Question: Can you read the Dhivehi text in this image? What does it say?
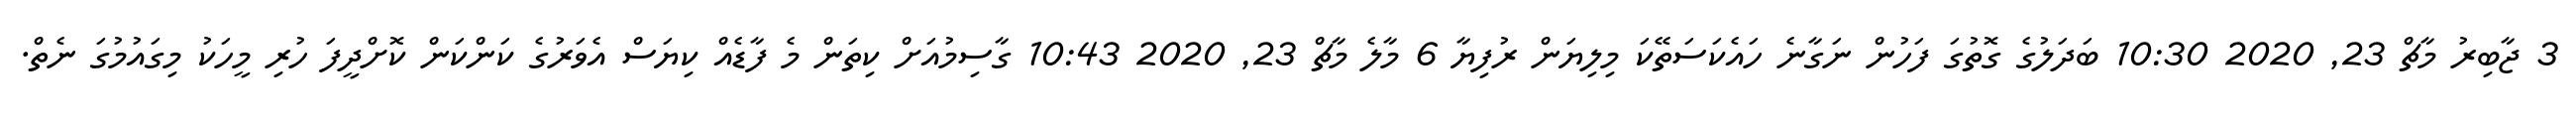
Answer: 3 ޖާބިރު މާޗް 23, 2020 10:30 ބަދަލުގެ ގޮތުގަ ފަހުން ނަގާނެ ހައެކަސަތޭކަ މިލިޔަން ރުފިޔާ 6 މާލެ މާޗް 23, 2020 10:43 ގާސިމުއަށް ކިތަން މެ ފާޑެއް ކިޔަސް އެވަރުގެ ކަންކަން ކޮށްދީފަ ހުރި މީހަކު މިގައުމުގަ ނެތް.